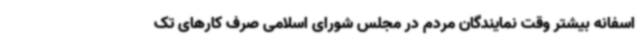
اسفانه بیشتر وقت نمایندگان مردم در مجلس شورای اسلامی صرف کارهای تک